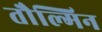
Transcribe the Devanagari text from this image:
तौल्मिन